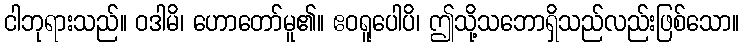
ငါဘုရားသည်။ ဝဒါမိ၊ ဟောတော်မူ၏။ ဧဝရူပေါပိ၊ ဤသို့သဘောရှိသည်လည်းဖြစ်သော။